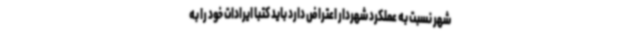
شهر نسبت به عملکرد شهردار اعتراض دارد باید کتبا ایرادات خود را به